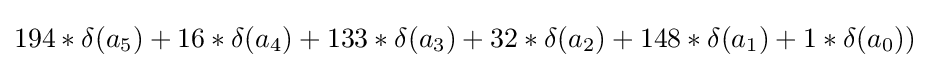
194*\delta (a_{5})+16*\delta (a_{4})+133*\delta (a_{3})+32*\delta (a_{2})+148*\delta (a_{1})+1*\delta (a_{0}))